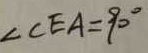
\angle C E A = 9 0 ^ { \circ }